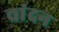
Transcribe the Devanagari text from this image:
चांदन